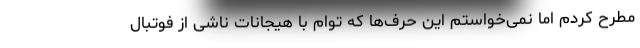
مطرح کردم اما نمی‌خواستم این حرف‌ها که توام با هیجانات ناشی از فوتبال